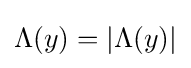
\Lambda (y)=|\Lambda (y)|